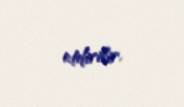
etdirilir.